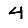
Digit: 4